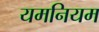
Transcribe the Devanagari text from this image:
यमनियम